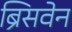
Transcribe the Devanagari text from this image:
ब्रिसवेन